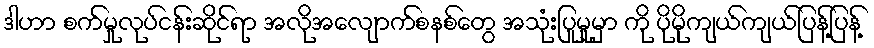
ဒါဟာ စက်မှုလုပ်ငန်းဆိုင်ရာ အလိုအလျောက်စနစ်တွေ အသုံးပြုမှုမှာ ကို ပိုမိုကျယ်ကျယ်ပြန့်ပြန့်